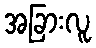
အခြားလူ